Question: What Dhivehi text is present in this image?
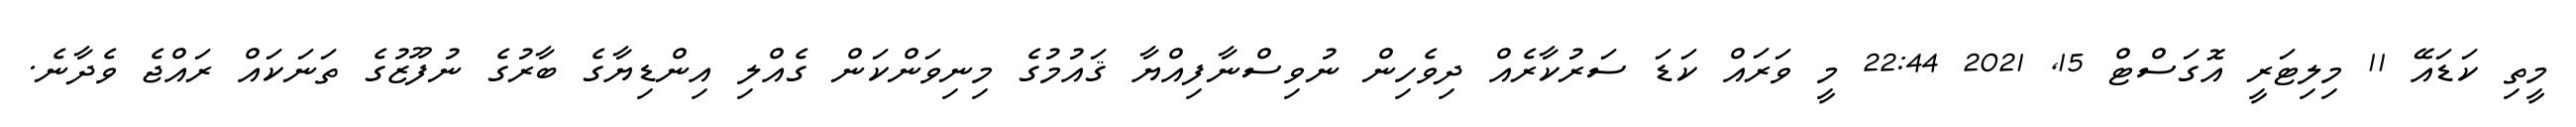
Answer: މީތި ކަޑައޭ 11 މިލިޓަރީ އޮގަސްޓް 15, 2021 22:44 މީ ވަރައް ކަޑަ ސަރުކާރެއް ދިވެހިން ނުވިސްނާފިއްޔާ ޤައުމުގެ މިނިވަންކަން ގެއްލި އިންޑިޔާގެ ބާރުގެ ނުފޫޒުގެ ތަނަކައް ރައްޖެ ވެދާނެ.